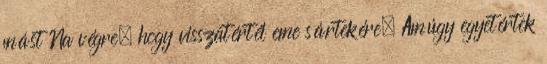
mást Na végre, hogy visszatértél eme sártekére. Amúgy egyetértek